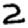
Digit: 2